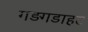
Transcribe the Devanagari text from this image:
गड़गडाहट